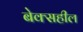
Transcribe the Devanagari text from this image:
बेक्सहील